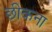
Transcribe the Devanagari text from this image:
छीकना